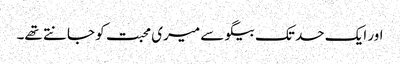
اور ایک حد تک بیگو سے میری محبت کو جانتے تھے۔